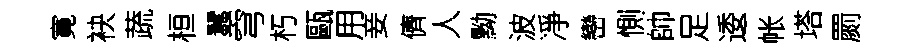
寛袂蔬桓蠶穹朽甌用妾儕人黝波凈巒惻帥足逶帐塔罽